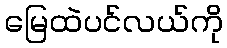
မြေထဲပင်လယ်ကို